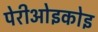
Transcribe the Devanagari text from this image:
पेरीओइकोइ